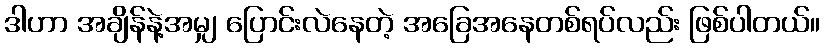
ဒါဟာ အချိန်နဲ့အမျှ ပြောင်းလဲနေတဲ့ အခြေအနေတစ်ရပ်လည်း ဖြစ်ပါတယ်။